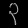
Digit: ၃